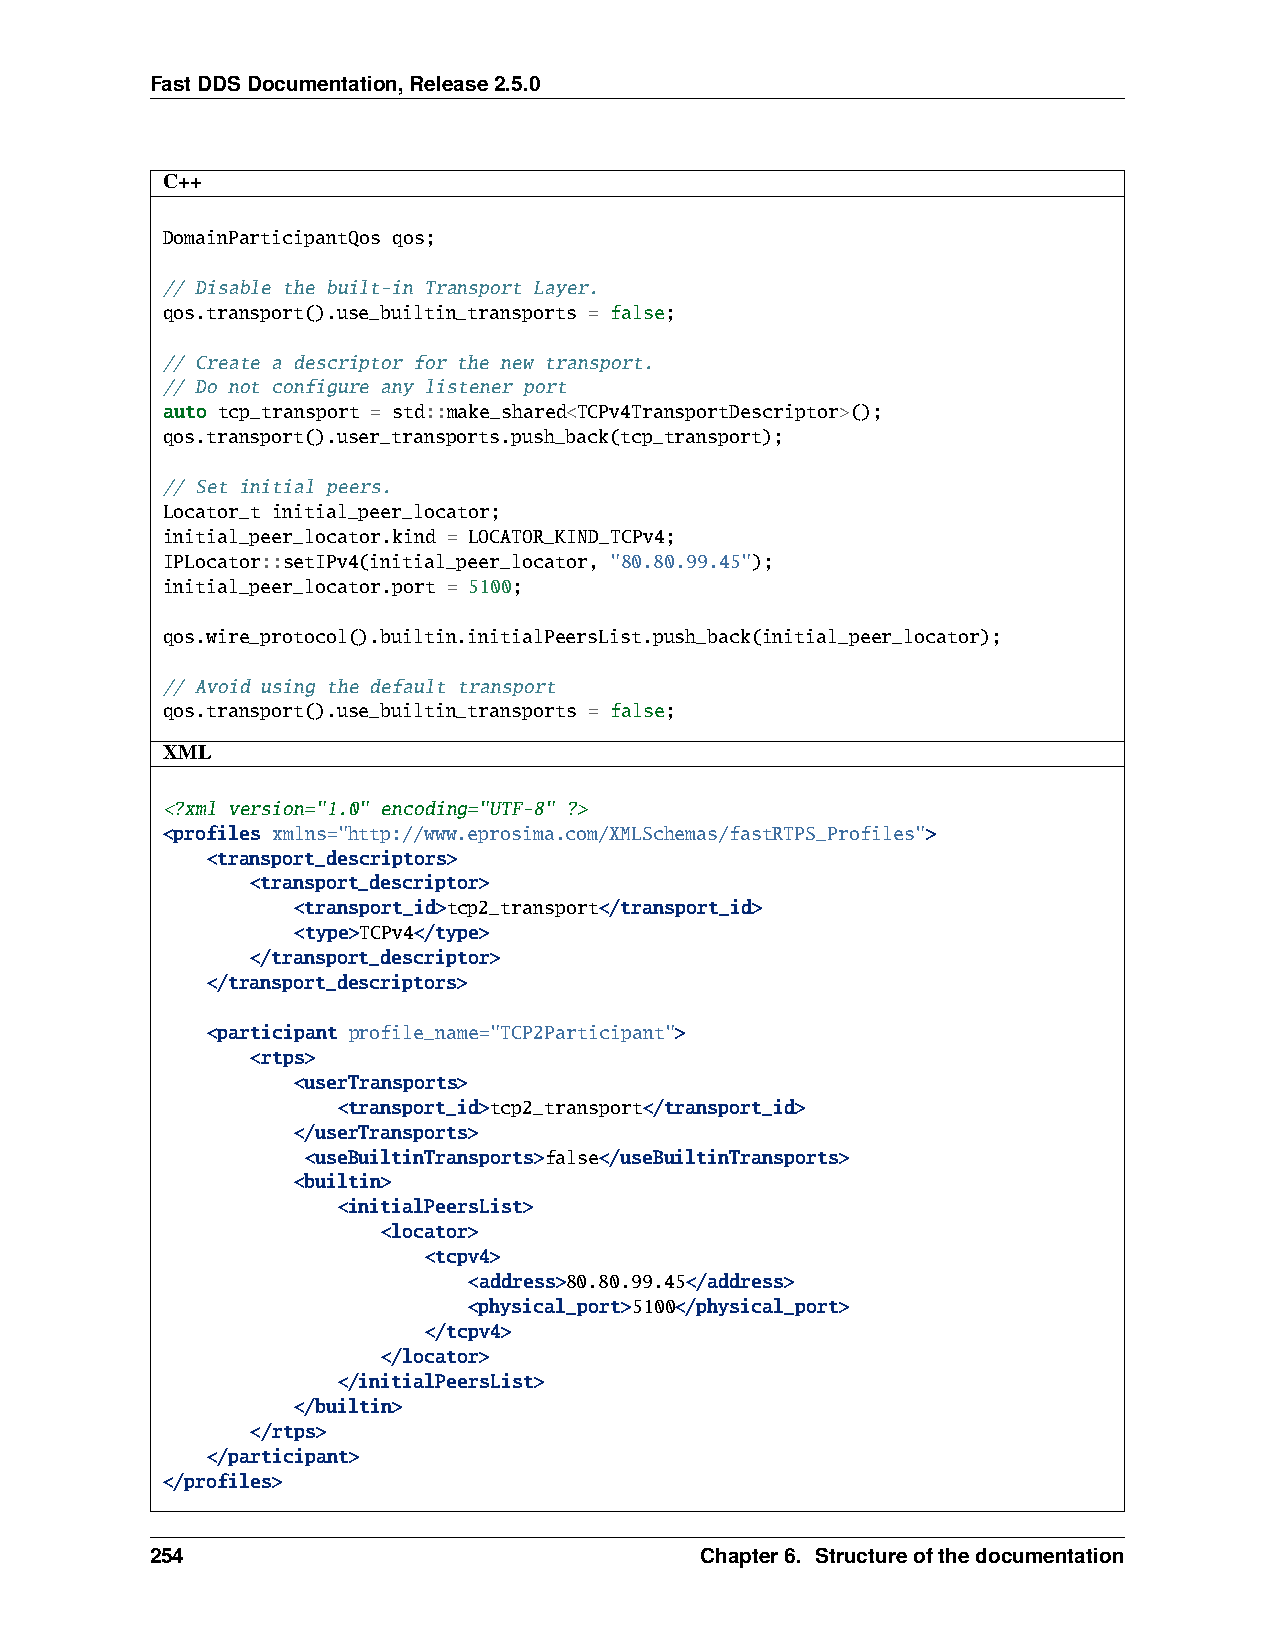
FastDDSDocumentation,Release2.5.0
 C++
 DomainParticipantQos qos;
 // Disable the built-in Transport Layer.
 qos.transport().use_builtin_transports = false;
 // Create a descriptor for the new transport.
 // Do not configure any listener port
 auto tcp_transport = std::make_shared<TCPv4TransportDescriptor>();
 qos.transport().user_transports.push_back(tcp_transport);
 // Set initial peers.
 Locator_t initial_peer_locator;
 initial_peer_locator.kind = LOCATOR_KIND_TCPv4;
 IPLocator::setIPv4(initial_peer_locator, "80.80.99.45");
 initial_peer_locator.port = 5100;
 qos.wire_protocol().builtin.initialPeersList.push_back(initial_peer_locator);
 // Avoid using the default transport
 qos.transport().use_builtin_transports = false;
 XML
 <?xml version="1.0" encoding="UTF-8" ?>
 <profiles xmlns="http://www.eprosima.com/XMLSchemas/fastRTPS_Profiles">
 <transport_descriptors>
 <transport_descriptor>
 <transport_id>tcp2_transport</transport_id>
 <type>TCPv4</type>
 </transport_descriptor>
 </transport_descriptors>
 <participant profile_name="TCP2Participant">
 <rtps>
 <userTransports>
 <transport_id>tcp2_transport</transport_id>
 </userTransports>
 <useBuiltinTransports>false</useBuiltinTransports>
 <builtin>
 <initialPeersList>
 <locator>
 <tcpv4>
 <address>80.80.99.45</address>
 <physical_port>5100</physical_port>
 </tcpv4>
 </locator>
 </initialPeersList>
 </builtin>
 </rtps>
 </participant>
 </profiles>
 254                                 Chapter6. Structureofthedocumentation